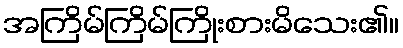
အကြိမ်ကြိမ်ကြိုးစားမိသေး၏။